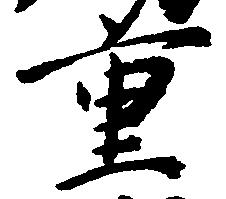
重